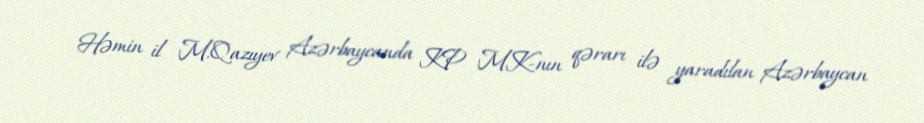
Həmin il M.Qazıyev Azərbaycanda KP MK-nın qərarı ilə yaradılan Azərbaycan